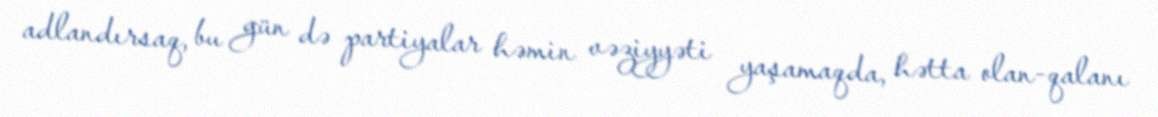
adlandırsaq, bu gün də partiyalar həmin vəziyyəti yaşamaqda, hətta olan-qalanı